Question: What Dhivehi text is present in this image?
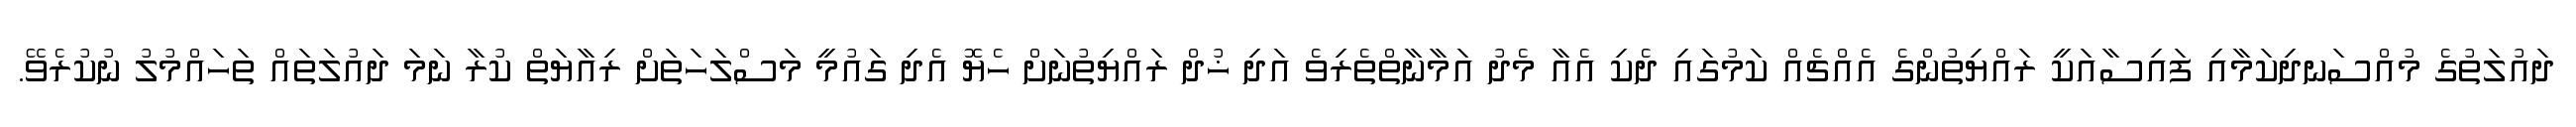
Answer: ދައުލަތުގެ މުއްސަނދިކަމާއި ފައިސާއަކީ ރައްޔިތުންގެ އެއްޗެއް ކަމުގައި ދެކި އެއާ މެދު އަމާނާތްތެރިވެ އަދި ޚުދް ރައްޔިތުނަށް ހެޔޮ އެދި ގައުމީ މަސްލަހަތަށް ރިއާޔަތް ކުރާ ނަމަ ދައުލަތައް ތަހައްމުލު ނުކުރެވޭ.